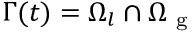
\Gamma ( t ) = \Omega _ { l } \cap \Omega _ { \mathrm { ~ g ~ } }